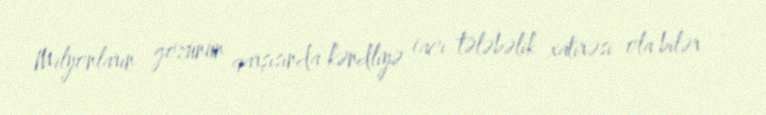
Milyonların gözünün qarşısında kəndliyə (acı tələbəlik xatirəsi ola bilər -